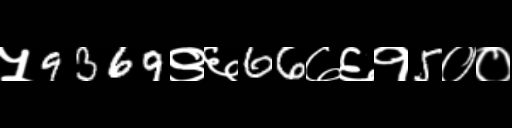
Text: ५9369९६66७६१5००